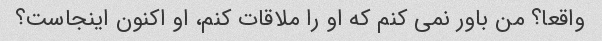
واقعا؟ من باور نمی کنم که او را ملاقات کنم، او اکنون اینجاست؟